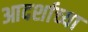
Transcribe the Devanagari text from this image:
आदर्शाच्‍या